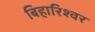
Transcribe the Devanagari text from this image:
बिहारिश्वर